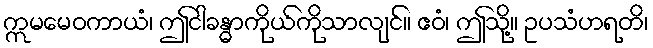
ဣမမေဝကာယံ၊ ဤငါခန္ဓာကိုယ်ကိုသာလျင်။ ဧဝံ၊ ဤသို့။ ဥပသံဟရတိ၊